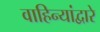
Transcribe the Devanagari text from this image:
वाहिन्यांद्वारे